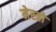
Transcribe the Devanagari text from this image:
मेस्त्रो